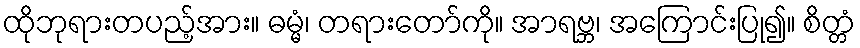
ထိုဘုရားတပည့်အား။ ဓမ္မံ၊ တရားတော်ကို။ အာရဗ္ဘ၊ အကြောင်းပြု၍။ စိတ္တံ